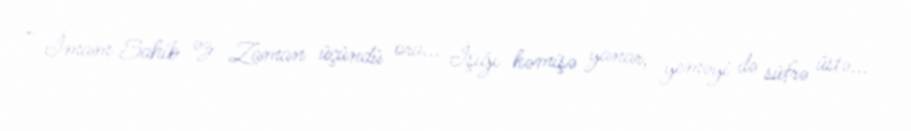
- İmam Sahib əz Zaman üçündü ora... İşığı həmişə yanar, yeməyi də süfrə üstə...